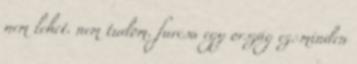
nem lehet. nem tudom. furcsa egy ország ez. minden